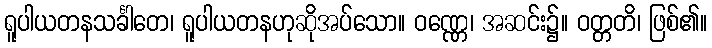
ရူပါယတနသင်္ခါတေ၊ ရူပါယတနဟုဆိုအပ်သော။ ဝဏ္ဏေ၊ အဆင်း၌။ ဝတ္တတိ၊ ဖြစ်၏။